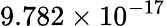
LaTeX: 9.782\times 10^{-17}